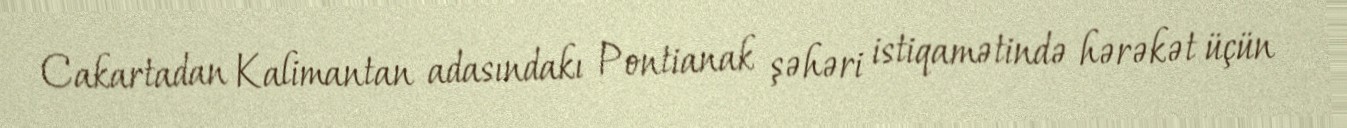
Cakartadan Kalimantan adasındakı Pontianak şəhəri istiqamətində hərəkət üçün